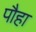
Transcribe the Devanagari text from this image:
पौहा